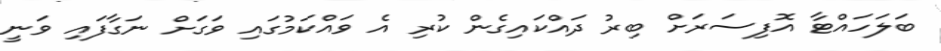
ބަލަހައްޓާ އޮފިސަރަށް ބިރު ދައްކައިގެން ކުރި އެ ވައްކަމުގައި ވަގަށް ނަގާފައި ވަނީ